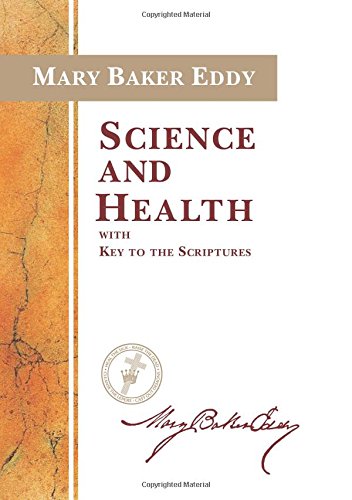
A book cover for Science and Health with Key to the Scriptures (Authorized Edition); Mary Baker Eddy; Christian Books & Bibles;